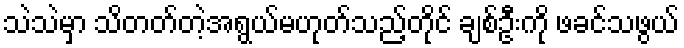
သဲသဲမှာ သိတတ်တဲ့အရွယ်မဟုတ်သည့်တိုင် ချစ်ဦးကို ဖခင်သဖွယ်